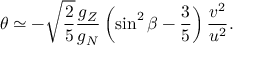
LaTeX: \theta \simeq - \sqrt { \frac { 2 } { 5 } } { \frac { g _ { Z } } { g _ { N } } } \left( \sin ^ { 2 } \beta - { \frac { 3 } { 5 } } \right) { \frac { v ^ { 2 } } { u ^ { 2 } } } .